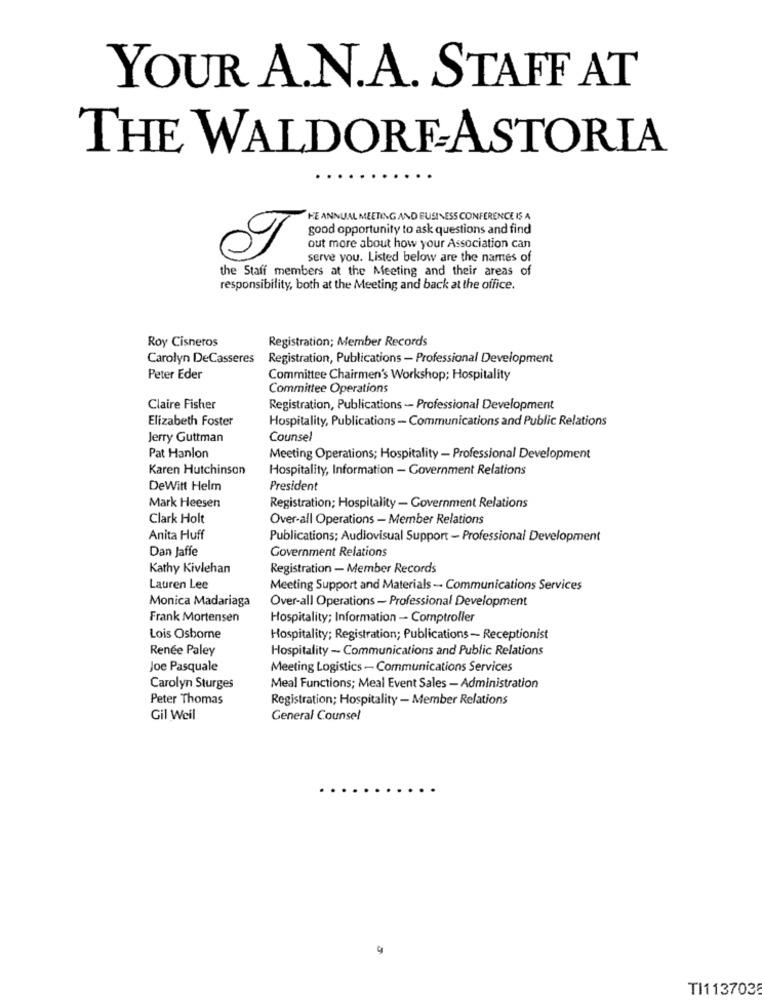
YOUR A.N.A. STAFF AT
THE WALDORF-ASTORIA
HE ANNUAL MEETING AND BUSINESS CONFERENCE IS A
good opportunity to ask questions and find
out more about how your Association can
serve you. Listed below are the names of
the Staff members at the Meeting and their areas of
responsibility, both at the Meeting and back at the office.
Roy Cisneros
Registration; Member Records
Carolyn DeCasseres
Registration, Publications - Professional Development
Peter Eder
Committee Chairmen's Workshop; Hospitality
Committee Operations
Claire Fisher
Registration, Publications - Professional Development
Elizabeth Foster
Hospitality, Publications - Communications and Public Relations
Jerry Guttman
Counsel
Pat Hanlon
Meeting Operations; Hospitality - Professional Development
Karen Hutchinson
Hospitality, Information - Government Relations
DeWitt Helm
President
Mark Heesen
Registration; Hospitality- Government Relations
Clark Holt
Over-all Operations - Member Relations
Anita Huff
Publications; Audiovisual Support - Professional Development
Dan Jaffe
Government Relations
Kathy Kivlehan
Registration - Member Records
Lauren Lee
Meeting Support and Materials- Communications Services
Monica Madariaga
Over-all Operations - Professional Development
Frank Mortensen
Hospitality; Information - Comptroller
Lois Osborne
Hospitality; Registration; Publications- Receptionist
Renée Paley
Hospitality - Communications and Public Relations
Joe Pasquale
Meeting Logistics - Communications Services
Carolyn Sturges
Meal Functions; Meal Event Sales - Administration
Peter Thomas
Registration; Hospitality - Member Relations
Gil Weil
General Counsel
TI113703